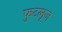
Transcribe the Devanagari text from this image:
फुटलूज